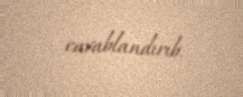
cavablandırıb.